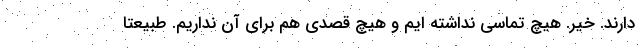
دارند. خیر. هیچ تماسی نداشته ایم و هیچ قصدی هم برای آن نداریم. طبیعتا